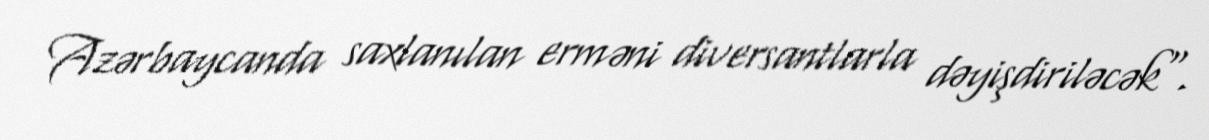
Azərbaycanda saxlanılan erməni diversantlarla dəyişdiriləcək".